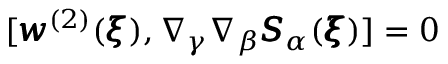
[ { \pmb w } ^ { ( 2 ) } ( { \pmb \xi } ) , \nabla _ { \gamma } \nabla _ { \beta } { \pmb S } _ { \alpha } ( { \pmb \xi } ) ] = 0